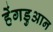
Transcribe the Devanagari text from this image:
हेंगडुआन